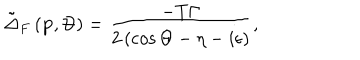
LaTeX: \tilde { \Delta } _ { F } \left( \mathbf { p } , \Theta \right) = \frac { - T \Gamma } { 2 \left( \cos \Theta - \eta - i \epsilon \right) } ,